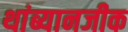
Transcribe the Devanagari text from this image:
थांब्यानजीक